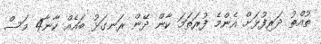
ތުއްތު ދަރިފުޅަށް އެންމެ ފުރަތަމަ ކާން ދޭން ރަނގަޅު ބައެއް ކާނާ4 މަސް